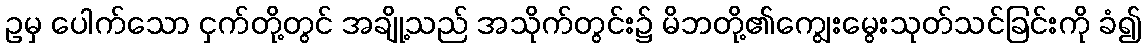
ဥမှ ပေါက်သော ငှက်တို့တွင် အချို့သည် အသိုက်တွင်း၌ မိဘတို့၏ကျွေးမွေးသုတ်သင်ခြင်းကို ခံ၍